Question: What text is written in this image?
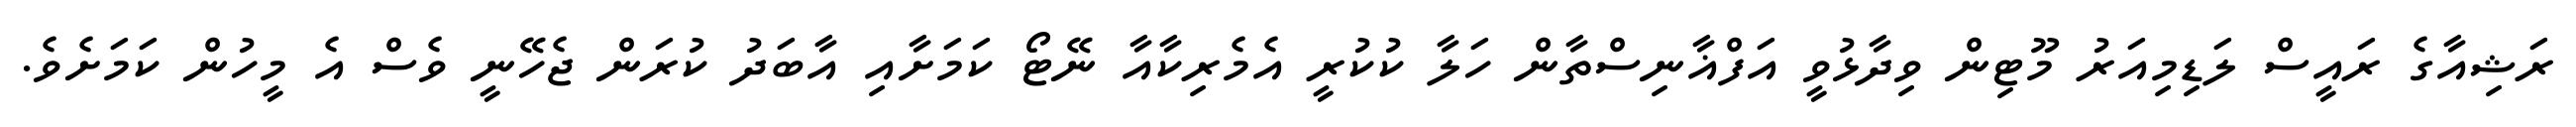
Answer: ރަޝިއާގެ ރައީސް ލަޑިމިއަރު މޫޓިން ވިދާޅުވީ އަފްޣާނިސްތާން ހަލާ ކުކުރީ އެމެރިކާއާ ނޭޓޯ ކަމަށާއި އާބަދު ކުރަން ޖެހޭނީ ވެސް އެ މީހުން ކަމަށެވެ.